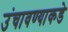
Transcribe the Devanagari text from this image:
उंचावण्याकडे